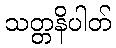
သတ္တနိပါတ်